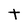
Character: t